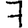
Digit: 7